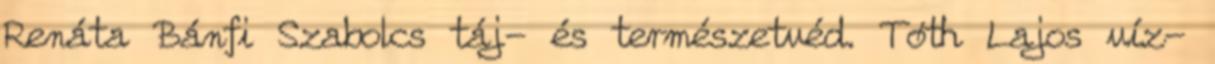
Renáta Bánfi Szabolcs táj- és természetvéd. Tóth Lajos víz-